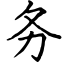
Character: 务